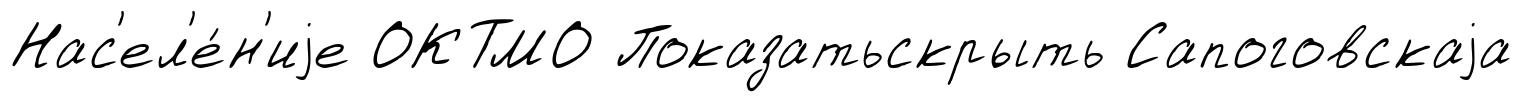
Нас'ел'е́н'иjе ОКТМО Показатьскрыть Сапоговскаjа